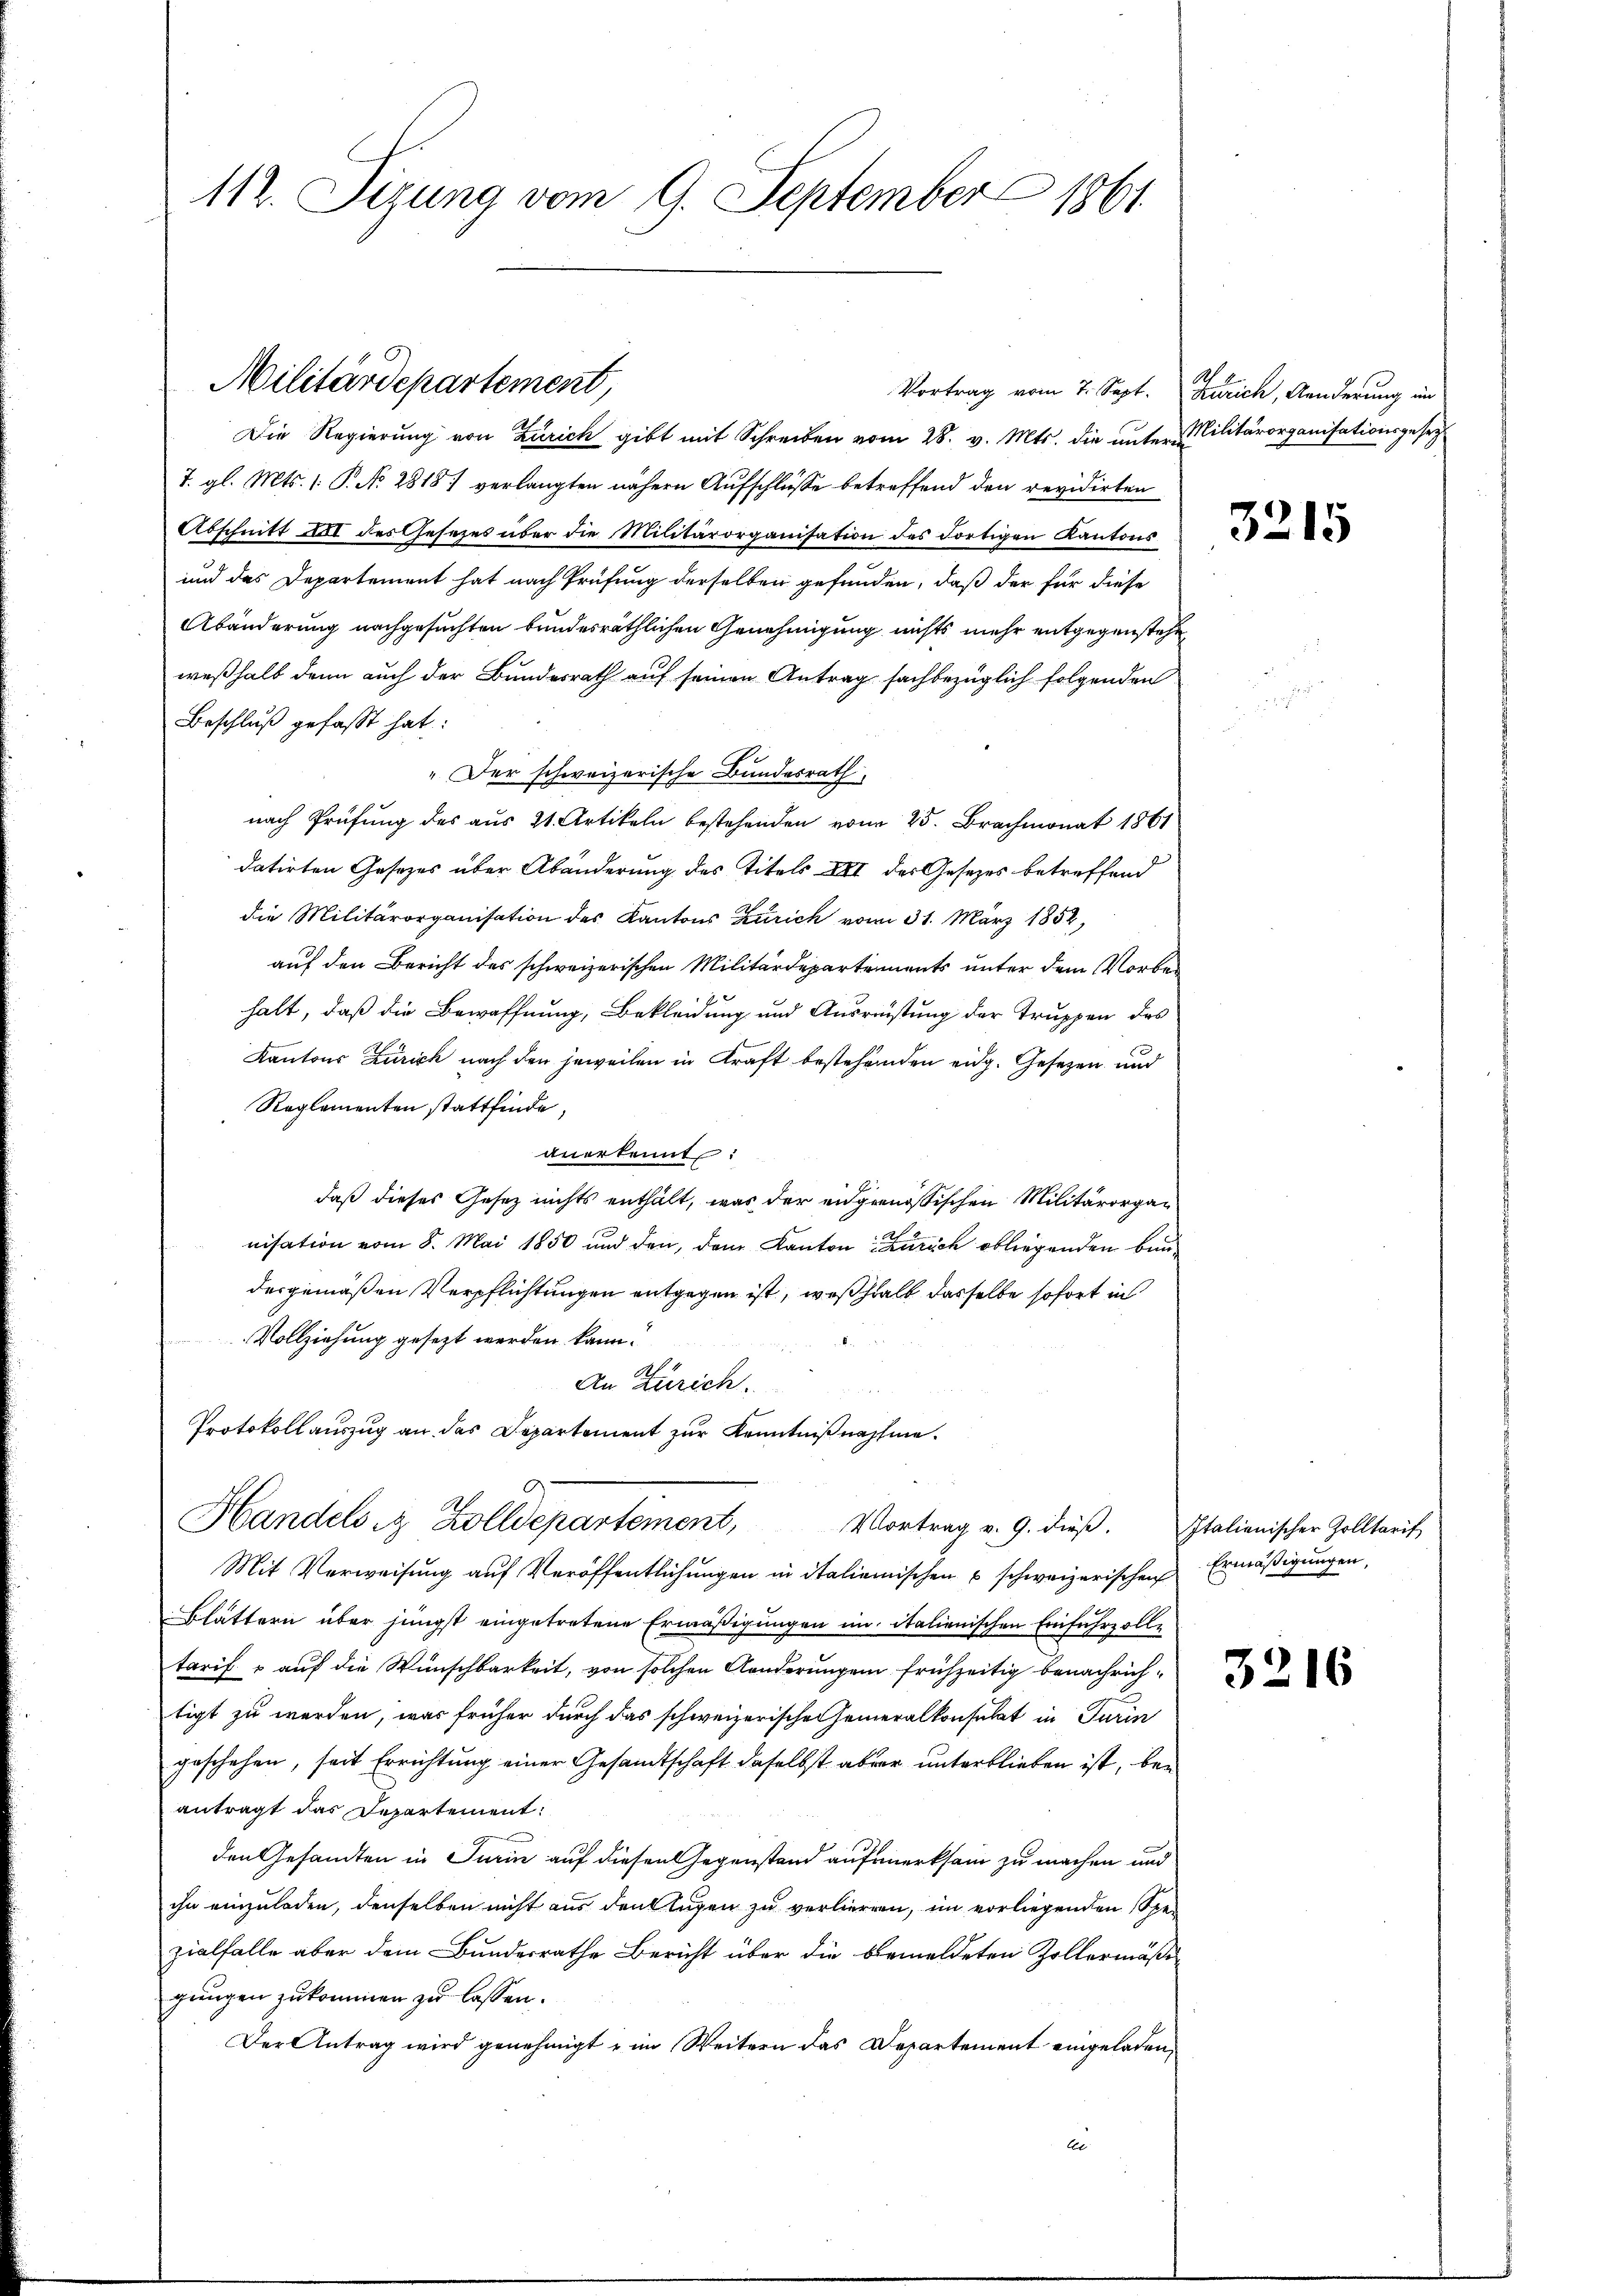
112. Sizung vom 9. September 1861

Vortrag vom 7. Sept. Zürich, Aenderung in
Die Regierung von Zürich gibt mit Schreiben vom 28. v. Mts. die unter Militärorganisationsgesetz
7. gl. Mts. 1. P. No 2818.) verlangten nähern Aufschlüsse betreffend den revidirten
Abschnitt III des Gesezes über die Militärorganisation des dortigen Kantons
und das Departement hat nach Prüfung derselben gefunden, daß der für diese
Abänderung nachgesuchten bundesräthlichen Genehmigung nichts mehr entgegenstehe
weßhalb denn auch der Bundesrath auf seinen Antrag sachbezüglich folgenden
Beschluß gefasst hat:
" Der schweizerische Bundesrath,
nach Prüfung des aus 21 Artikeln bestehenden vom 25. Brachmonat 1861
datirten Gesetzes über Abänderung des Titels XII des Gesetzes betreffend
die Militärorganisation des Kantons Zürich vom 31. März 1852,
auf den Bericht des schweizerischen Militärdepartements unter dem Vorbehalt, daß die Bewaffnung, Bekleidung und Ausreistung der Truppen des
Kantons Zürich nach den jeweilen in Kraft bestehenden eidg. Gesetzen und
Reglementen stattfinde,
anerkennt:
daß dieses Gesetz nichts enthält, was der eidgenössischen Militärorgan
nisation vom 8. Mai 1850 und den, dem Kanton Zürich obliegenden Baudesgemäßen Verpflichtungen entgegen ist, weßhalb dasselbe sofort in
Vollziehung gesezt werden kann.
An Zürich.
Protokollauszug an das Departement zur Kenntnißnahme¬

Militärdepartement,

Handels in Zolldepartement,
Vortrag v. 9. dieβ. Italienischer Zolltarif

Mit Verweisung auf Veröffentlichungen in italienischen u schweizerischen Ermäßigungen,
Blättern über jüngst eingetretene Ermäßigungen im Italienischen Einfuhrzolle
tarif & auf die Wünschbarkeit, von solchen Anderungen frühzeitig benachrichtigt zu werden, was früher durch das schweizerischen Generalkonsulat in Turin
geschehen, seit Errichtung einer Gesandtschaft daselbst aber unterblieben ist, bei
antragt das Departement:
den Gesandten in Turin auf diesen Gegenstand aufmerksam zu machen und
ihn einzuladen, denselben nicht aus denklugen zu verlierren, im vorliegenden Spezialfalle aber dem Bundesrathe Bericht über die bemeldeten Zollermäßigungen zukommen zu lassen.
Der Antrag wird genehmigt u im Weitern das Departement eingeladen,
Ex

3215

3216